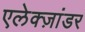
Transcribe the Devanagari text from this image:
एलेक्ज़ांडर